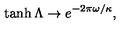
\: \tanh \Lambda \rightarrow e ^ { - 2 \pi \omega / \kappa } , \: